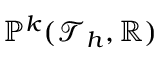
\mathbb { P } ^ { k } ( \mathcal { T } _ { h } , \mathbb { R } )